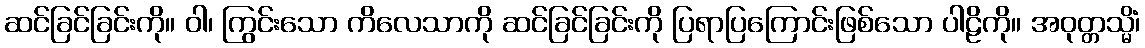
ဆင်ခြင်ခြင်းကို။ ဝါ၊ ကြွင်းသော ကိလေသာကို ဆင်ခြင်ခြင်းကို ပြရာပြကြောင်းဖြစ်သော ပါဠိကို။ အဝုတ္တသ္မိံ၊